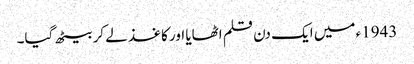
1943ء میں ایک دن قلم اٹھایا اور کاغذ لے کر بیٹھ گیا۔